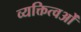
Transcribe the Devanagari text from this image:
व्यक्तित्वओं